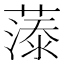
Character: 𮑓